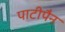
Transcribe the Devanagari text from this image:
पाटीपैन